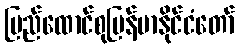
ပြည်ထောင်စုမြန်မာနိုင်ငံတော်